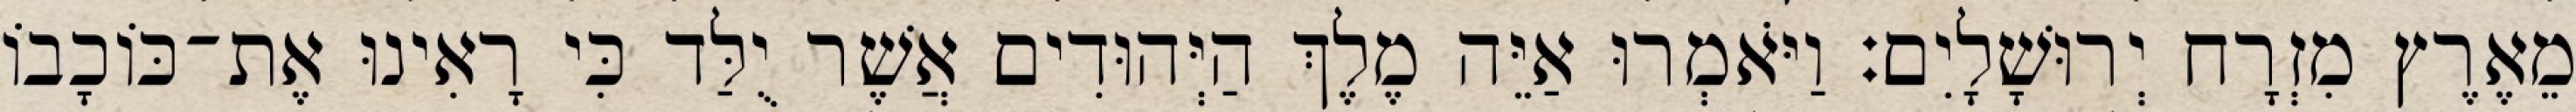
מֵאֶרֶץ מִזְרָח יְרוּשָׁלָיִם׃ וַיֹּאמְרוּ אַיֵּה מֶלֶךְ הַיְּהוּדִים אֲשֶׁר יֻלַּד כִּי רָאִינוּ אֶת־כּוֹכָבוֹ